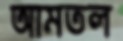
আমতল